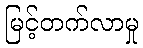
မြင့်တက်လာမှု